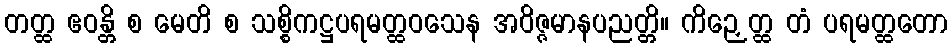
တတ္ထ ဧဝန္တိ စ မေတိ စ သစ္စိကဋ္ဌပရမတ္ထဝသေန အဝိဇ္ဇမာနပညတ္တိ။ ကိဉှေတ္ထ တံ ပရမတ္ထတော